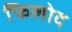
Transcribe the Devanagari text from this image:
फिलोद